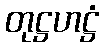
တုဋ္ဌဟဋ္ဌံ